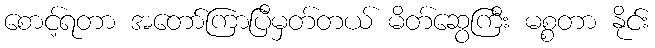
စောင့်ရတာ အတော်ကြာပြီမှတ်တယ် မိတ်ဆွေကြီး မစ္စတာ နိုင်း